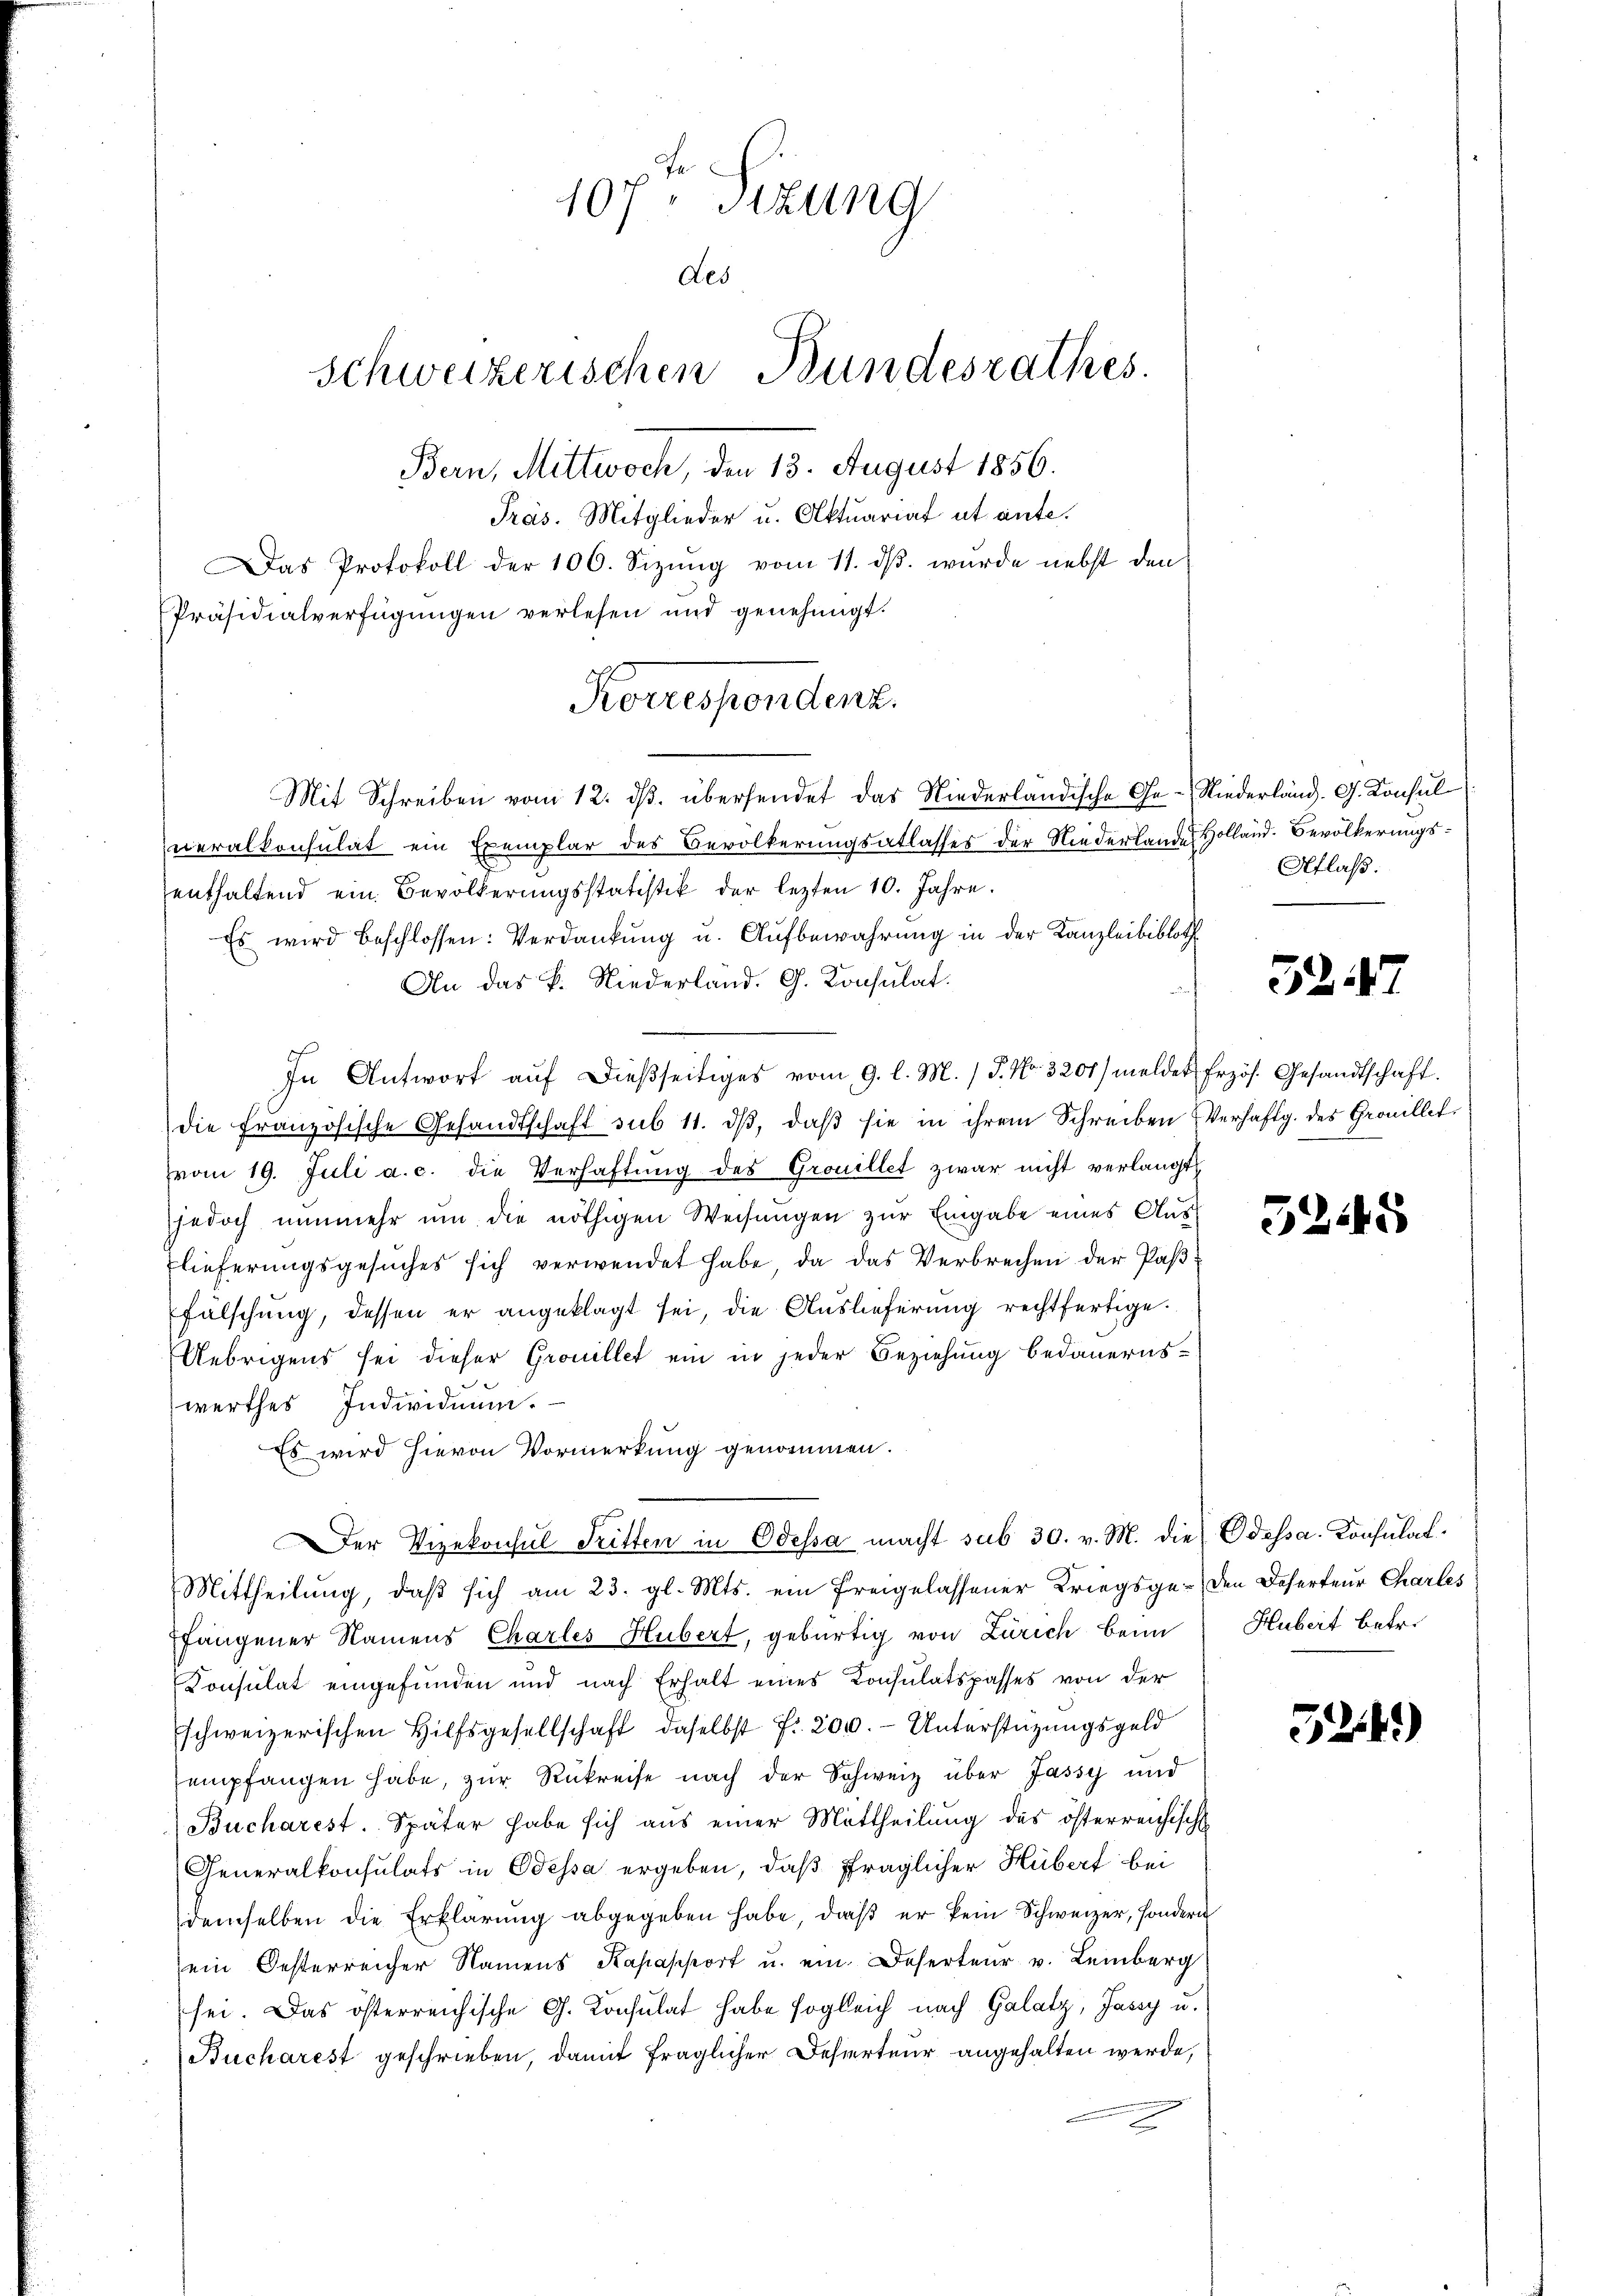
107t Sitzung
des
Schweizerischen Bundesrathes.
Bern, Mittwoch, den 13. August 1856.
Präs. Mitglieder u. Aktuariat ut ante.
Das Protokoll der 100. Sizŭng vom 11. dβ. wurde nebst den
Präsidialverfügungen verlesen und genehmigt.

Mit Schreiben vom 12. ds. übersendet das Niederländische Ge-Niederländ. G. Konsul
neralkonsulat ein Exemplar des Bevölkerungsablasser der Niederlande Holland. Bevölkerungsenthaltend ein Bevölkerungsstatistik der lezten 10. Jahre.
Es wird beschlossen: Verdankung u. Aufbewahrung in der Kanzleibibloth
An das k. Niederland. G. Konsulat
In Antwort aŭf dießseitiges vom 9. l. M. P. Nr. 3201/ meldet Erzös. Gesandtschaft.
die französische Gesandtschaft sub 11. dβ, daβ sie in ihrem Schreiben Verhaftg. des Grouillet
vom 19. Juli a. c. die Verhaftung des Grouillet zwar nicht verlangt
jedoch nunmehr um die nöthigen Weisungen zur Eingabe eines Aus-
Elieferungsgesŭches sich verwendet habe, da das Verbrechen der Pas
fälschung, dessen er angeklagt sei, die Auslieferung rechtfertige.
Uebrigens sei dieser Grouillet ein in jeder Beziehung bedauernswerthes Individuum.
Es wird hievon Vormerkung genommen.
Der Vizekonsul Tritten in Odessa macht sub 30. v. M. die Odessa. Konsulat¬
Mittheilung, daβ sich am 23. gl. Mts. ein freigelassener Kriegsge-den Deserteur Charles
fangener Namens Charles Hubert, gebürtig von Zürich beim Hubert betr.
Consulat eingefunden und nach Erhalt eines Consulatspasses von der
schweizerischen Hilfsgesellschaft, daselbst fr. 200. - Unterstüzungsgeld
empfangen habe, zŭr Rükreise nach der Schweiz über Jassy und
Bucharest. Später habe sich aus einer Mittheilung des österreichisch
Generalkonsulats in Odessa ergeben, daß fraglicher Hübert bei
demselben die Erklärung abgegeben habe, daß er kein Schweizer, sondern
ein Oesterreicher Namens Kapapport u. ein. Deserteur v. Leinberg
sei. Das österreichische G. Konsulat habe sogleich nach Galatz, Jassy u.
Bucharest geschrieben, damit fraglicher Deserteur angehalten werde,

Korrespondenz.

Aflaß.

52. 47

5245

524)